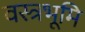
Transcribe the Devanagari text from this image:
वस्त्रभूमि